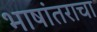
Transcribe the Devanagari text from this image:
भाषांतराचा